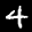
Label: 4